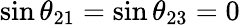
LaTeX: \sin\theta_{21}=\sin\theta_{23}=0